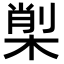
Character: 𣕇